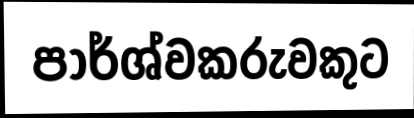
පාර්ශ්වකරුවකුට